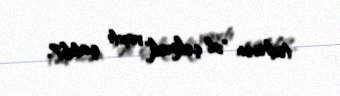
tədricən "əl çəkmək" vaxtı çatıb?.